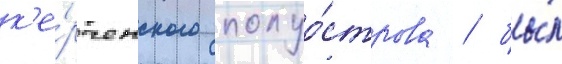
к'е́рченского полуо́строва / бы́л